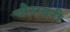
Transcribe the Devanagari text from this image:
चौरावरी